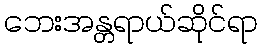
ဘေးအန္တရာယ်ဆိုင်ရာ